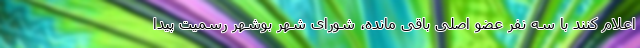
اعلام کنند با سه نفر عضو اصلی باقی مانده، شورای شهر بوشهر رسمیت پیدا